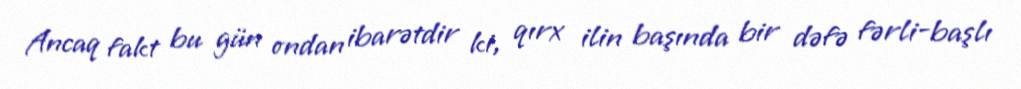
Ancaq fakt bu gün ondan ibarətdir ki, qırx ilin başında bir dəfə fərli-başlı